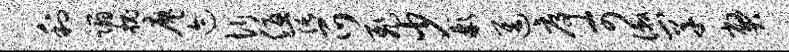
利蹋槐廖迹忻优阔爪飞少彬进序可漱罕弊